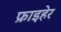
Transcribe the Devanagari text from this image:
फ्राइहेर